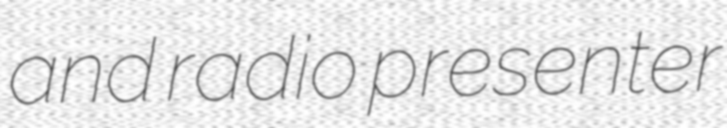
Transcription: and radio presenter